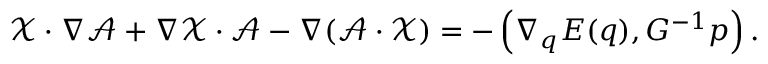
\begin{array} { r } { \mathcal { X } \cdot \nabla \mathcal { A } + \nabla \mathcal { X } \cdot \mathcal { A } - \nabla ( \mathcal { A } \cdot \mathcal { X } ) = - \left( \nabla _ { q } E ( q ) , G ^ { - 1 } p \right) . } \end{array}